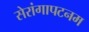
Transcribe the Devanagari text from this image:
सेरांगापटनम